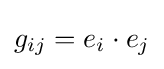
g_{ij}=e_{i}\cdot e_{j}